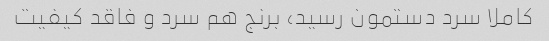
کاملا سرد دستمون رسید، برنج هم سرد و فاقد کیفیت